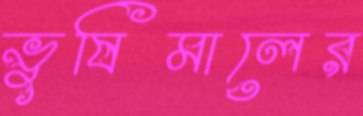
ভুষিমালের